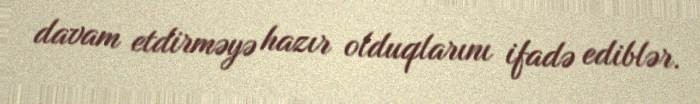
davam etdirməyə hazır olduqlarını ifadə ediblər.